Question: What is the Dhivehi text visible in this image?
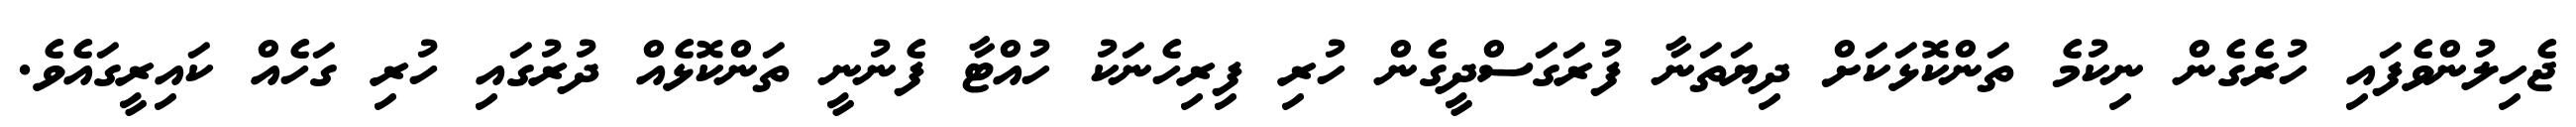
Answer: ޖެހިލުންވެފައި ހުރެގެން ނިކުމެ ތަންކޮޅަކަށް ދިޔަތަނާ ފުރަގަސްދީގެން ހުރި ފިރިހެނަކު ހުއްޓާ ފެނުނީ ތަންކޮޅެއް ދުރުގައި ހުރި ގަހެއް ކައިރީގައެވެ.